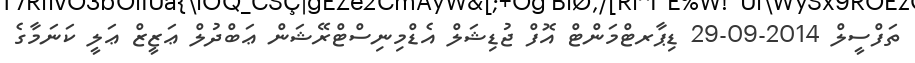
ތަފްސީލް 2014-09-29 ޑިޕާރޓްމަންޓް އޮފް ޖުޑިޝަލް އެޑްމިނިސްޓްރޭޝަން ޢަބްދުލް ޢަޒީޒް ޢަލީ ކަނަމާގެ